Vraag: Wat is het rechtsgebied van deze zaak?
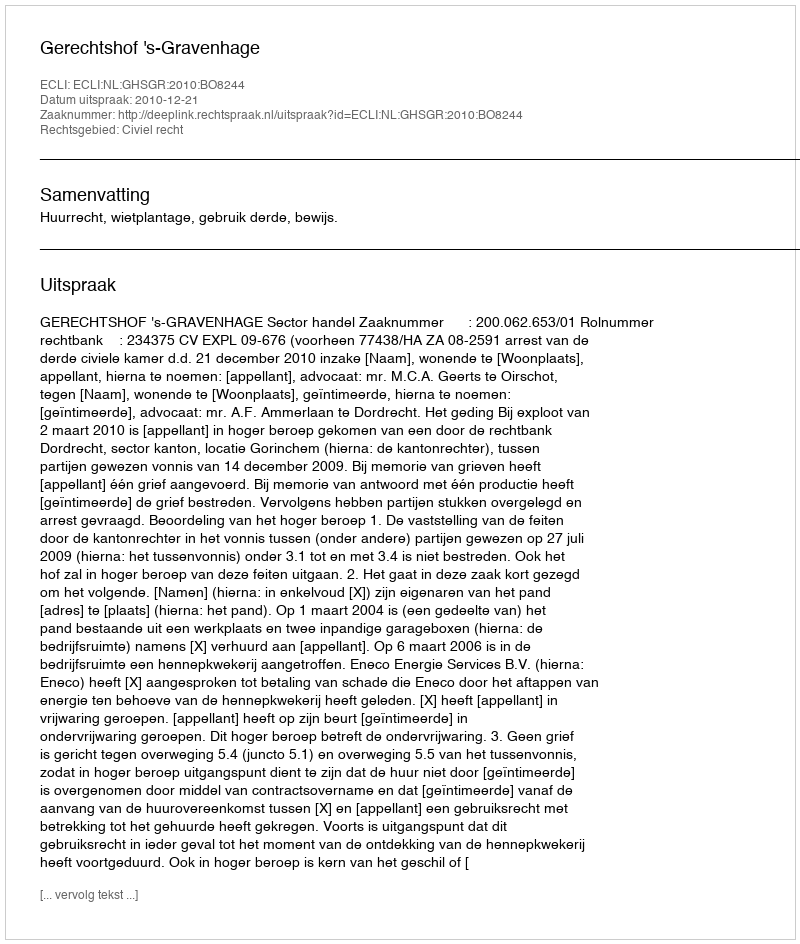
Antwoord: Civiel recht